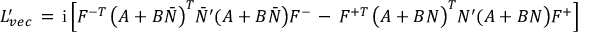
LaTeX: { \cal L } _ { v e c } ^ { \prime } \, = \, \mathrm { i } \, \Bigl [ { \cal F } ^ { - T } \, \bigl ( A + B { \bar { \cal N } } \bigr ) ^ { T } { \bar { \cal N } } ^ { \prime } ( A + B { \bar { \cal N } } \bigr ) { \cal F } ^ { - } \, - \, { \cal F } ^ { + T } \, \bigl ( A + B { \cal N } \bigr ) ^ { T } { \cal N } ^ { \prime } ( A + B { \cal N } \bigr ) { \cal F } ^ { + } \Bigr ]